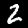
Label: 2